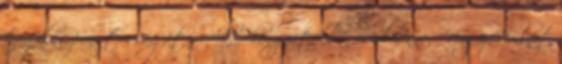
tagolás pon- tosságát. Akár hangjátékban is elmenne. Nagy Norbert